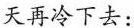
天再冷下去：